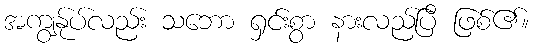
အကျွန်ုပ်လည်း သဘော ရှင်းစွာ နားလည်ပြီ ဖြစ်၏။